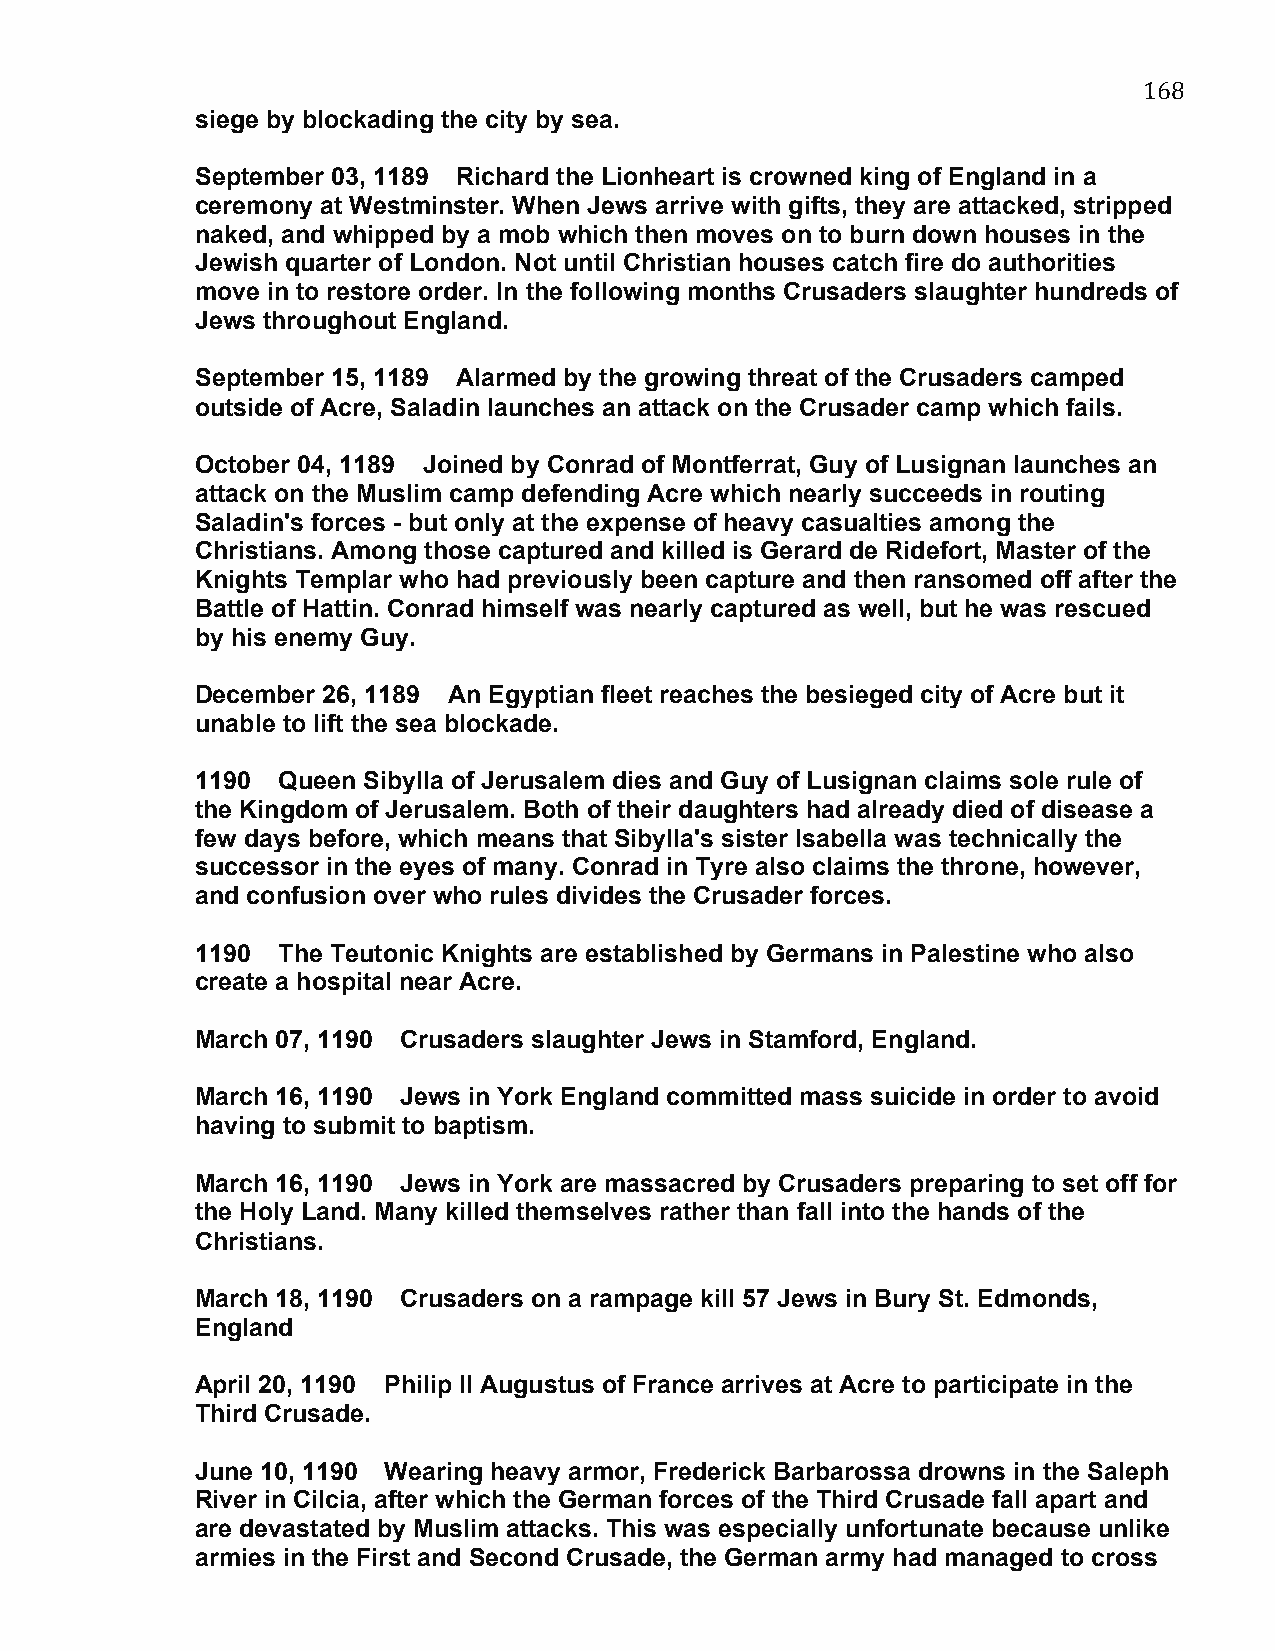
168
 siege by blockading the city by sea.
 September 03, 1189 Richard the Lionheart is crowned king of England in a
 ceremony at Westminster. When Jews arrive with gifts, they are attacked, stripped
 naked, and whipped by a mob which then moves on to burn down houses in the
 Jewish quarter of London. Not until Christian houses catch fire do authorities
 move in to restore order. In the following months Crusaders slaughter hundreds of
 Jews throughout England.
 September 15, 1189 Alarmed by the growing threat of the Crusaders camped
 outside of Acre, Saladin launches an attack on the Crusader camp which fails.
 October 04, 1189 Joined by Conrad of Montferrat, Guy of Lusignan launches an
 attack on the Muslim camp defending Acre which nearly succeeds in routing
 Saladin's forces - but only at the expense of heavy casualties among the
 Christians. Among those captured and killed is Gerard de Ridefort, Master of the
 Knights Templar who had previously been capture and then ransomed off after the
 Battle of Hattin. Conrad himself was nearly captured as well, but he was rescued
 by his enemy Guy.
 December 26, 1189 An Egyptian fleet reaches the besieged city of Acre but it
 unable to lift the sea blockade.
 1190 Queen Sibylla of Jerusalem dies and Guy of Lusignan claims sole rule of
 the Kingdom of Jerusalem. Both of their daughters had already died of disease a
 few days before, which means that Sibylla's sister Isabella was technically the
 successor in the eyes of many. Conrad in Tyre also claims the throne, however,
 and confusion over who rules divides the Crusader forces.
 1190 The Teutonic Knights are established by Germans in Palestine who also
 create a hospital near Acre.
 March 07, 1190 Crusaders slaughter Jews in Stamford, England.
 March 16, 1190 Jews in York England committed mass suicide in order to avoid
 having to submit to baptism.
 March 16, 1190 Jews in York are massacred by Crusaders preparing to set off for
 the Holy Land. Many killed themselves rather than fall into the hands of the
 Christians.
 March 18, 1190 Crusaders on a rampage kill 57 Jews in Bury St. Edmonds,
 England
 April 20, 1190 Philip II Augustus of France arrives at Acre to participate in the
 Third Crusade.
 June 10, 1190 Wearing heavy armor, Frederick Barbarossa drowns in the Saleph
 River in Cilcia, after which the German forces of the Third Crusade fall apart and
 are devastated by Muslim attacks. This was especially unfortunate because unlike
 armies in the First and Second Crusade, the German army had managed to cross